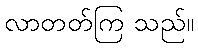
လာတတ်ကြ သည်။